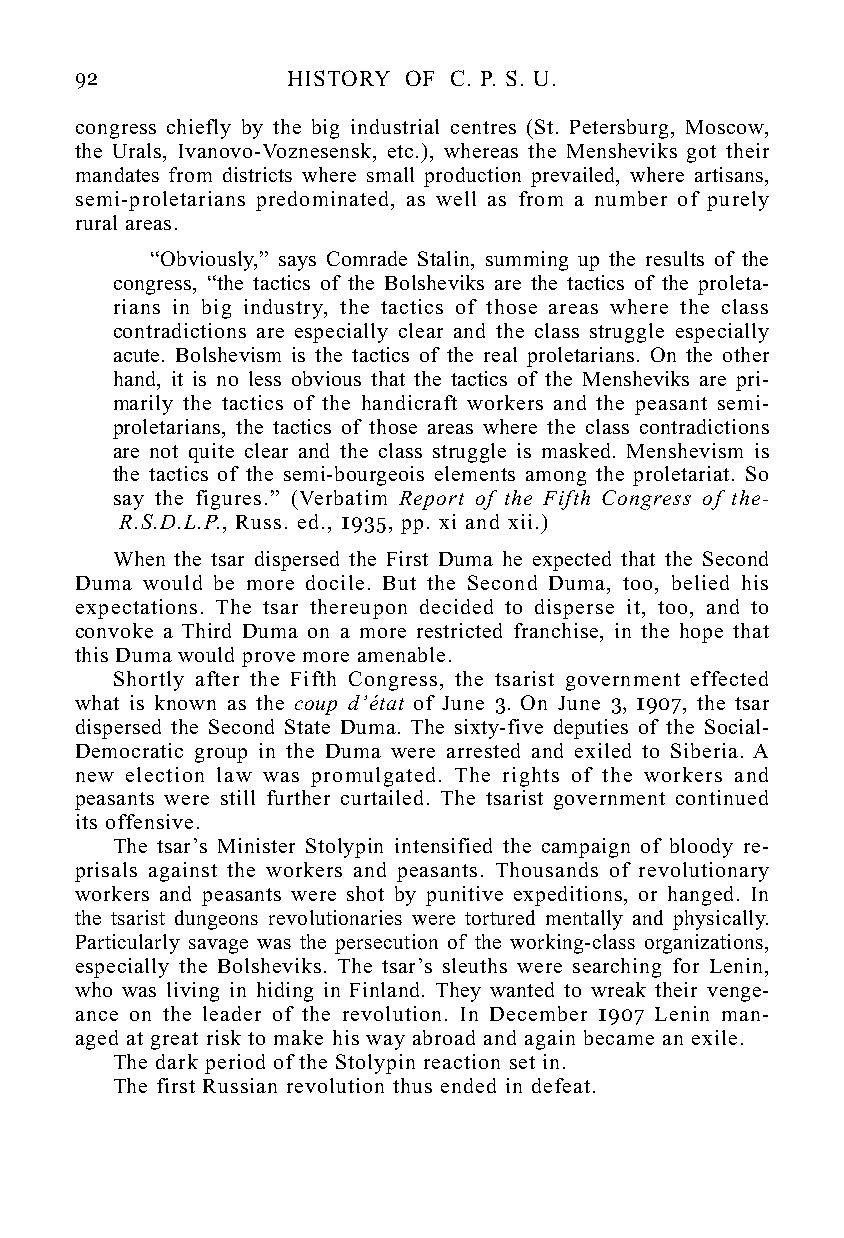
92            HISTORY OF C. P. S. U.
 congress chiefly by the big industrial centres (St. Petersburg, Moscow,
 the Urals, Ivanovo-Voznesensk, etc.), whereas the Mensheviks got their
 mandates from districts where small production prevailed, where artisans,
 semi-proletarians predominated, as well as from a number of purely
 rural areas.
 “Obviously,” says Comrade Stalin, summing up the results of the
 congress, “the tactics of the Bolsheviks are the tactics of the proleta-
 rians in big industry, the tactics of those areas where the class
 contradictions are especially clear and the class struggle especially
 acute. Bolshevism is the tactics of the real proletarians. On the other
 hand, it is no less obvious that the tactics of the Mensheviks are pri-
 marily the tactics of the handicraft workers and the peasant semi-
 proletarians, the tactics of those areas where the class contradictions
 are not quite clear and the class struggle is masked. Menshevism is
 the tactics of the semi-bourgeois elements among the proletariat. So
 say the figures.” (Verbatim Report of the Fifth Congress of the-
 R.S.D.L.P., Russ. ed., 1935, pp. xi and xii.)
 When the tsar dispersed the First Duma he expected that the Second
 Duma would be more docile. But the Second Duma, too, belied his
 expectations. The tsar thereupon decided to disperse it, too, and to
 convoke a Third Duma on a more restricted franchise, in the hope that
 this Duma would prove more amenable.
 Shortly after the Fifth Congress, the tsarist government effected
 what is known as the coup d’état of June 3. On June 3, 1907, the tsar
 dispersed the Second State Duma. The sixty-five deputies of the Social-
 Democratic group in the Duma were arrested and exiled to Siberia. A
 new election law was promulgated. The rights of the workers and
 peasants were still further curtailed. The tsarist government continued
 its offensive.
 The tsar’s Minister Stolypin intensified the campaign of bloody re-
 prisals against the workers and peasants. Thousands of revolutionary
 workers and peasants were shot by punitive expeditions, or hanged. In
 the tsarist dungeons revolutionaries were tortured mentally and physically.
 Particularly savage was the persecution of the working-class organizations,
 especially the Bolsheviks. The tsar’s sleuths were searching for Lenin,
 who was living in hiding in Finland. They wanted to wreak their venge-
 ance on the leader of the revolution. In December 1907 Lenin man-
 aged at great risk to make his way abroad and again became an exile.
 The dark period of the Stolypin reaction set in.
 The first Russian revolution thus ended in defeat.